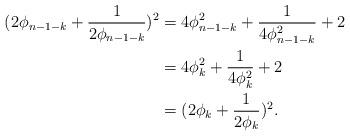
LaTeX: \begin{align*}(2\phi_{n-1-k}+\frac{1}{2\phi_{n-1-k}})^2&=4\phi_{n-1-k}^2+\frac{1}{4\phi_{n-1-k}^2}+2\\&=4\phi_{k}^2+\frac{1}{4\phi_{k}^2}+2\\&=(2\phi_{k}+\frac{1}{2\phi_{k}})^2.\end{align*}